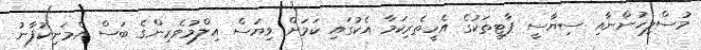
މުސްލިހުންނާއި ސިޔާސީ ޕާޓީތަކުގެ އެހީތެރިކަމާ އެކުގައި ކަމަށް ވިޔަސް އިލްމުވެރިންގެ ބަސް އެމަނިކުފާނު